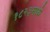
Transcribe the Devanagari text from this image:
१८२३मध्ये